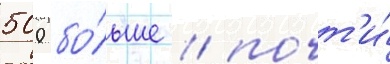
500 бо́льше / почт'и́